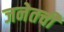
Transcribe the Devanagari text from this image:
जनेतची